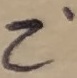
Text: Z'